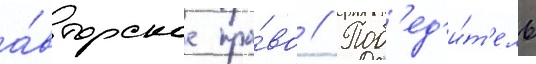
а́вторское пра́во // Поб'ед'и́т'ель